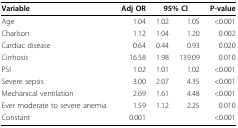
<table><thead><tr><td><b>Variable</b></td><td><b>Adj OR</b></td><td colspan="2"><b>95% CI</b></td><td><b>P-value</b></td></tr></thead><tbody><tr><td>Age</td><td>1.04</td><td>1.02</td><td>1.05</td><td>&lt;0.001</td></tr><tr><td>Charlson</td><td>1.12</td><td>1.04</td><td>1.20</td><td>0.002</td></tr><tr><td>Cardiac disease</td><td>0.64</td><td>0.44</td><td>0.93</td><td>0.020</td></tr><tr><td>Cirrhosis</td><td>16.58</td><td>1.98</td><td>139.09</td><td>0.010</td></tr><tr><td>PSI</td><td>1.02</td><td>1.01</td><td>1.02</td><td>&lt;0.001</td></tr><tr><td>Severe sepsis</td><td>3.00</td><td>2.07</td><td>4.35</td><td>&lt;0.001</td></tr><tr><td>Mechanical ventilation</td><td>2.69</td><td>1.61</td><td>4.48</td><td>&lt;0.001</td></tr><tr><td>Ever moderate to severe anemia</td><td>1.59</td><td>1.12</td><td>2.25</td><td>0.010</td></tr><tr><td>Constant</td><td>0.001</td><td></td><td></td><td>&lt;0.001</td></tr></tbody></table>